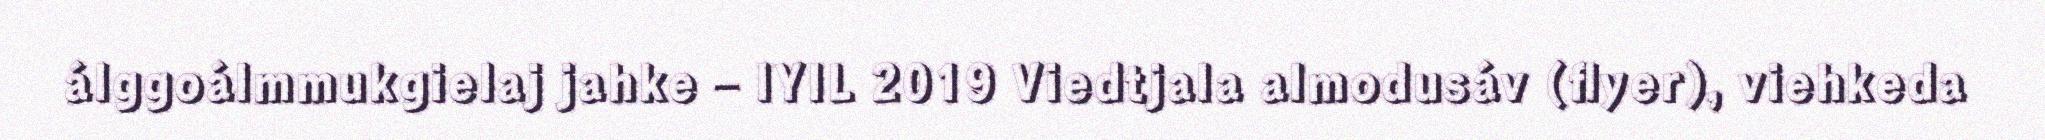
álggoálmmukgielaj jahke – IYIL 2019 Viedtjala almodusáv (flyer), viehkeda